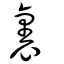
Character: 裏